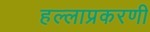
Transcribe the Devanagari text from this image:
हल्लाप्रकरणी